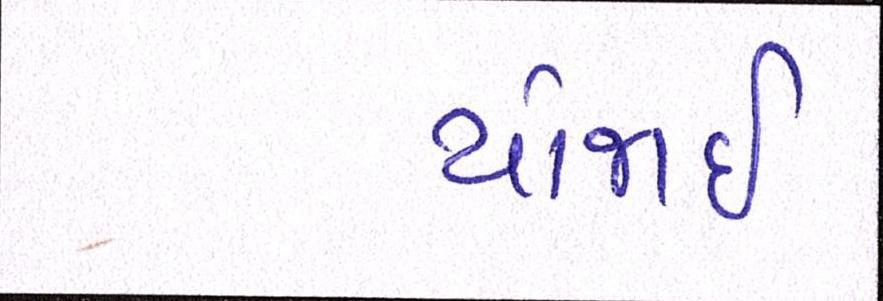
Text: યોજાઈ